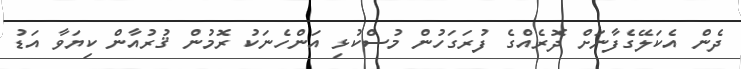
ދެން އެކަލޭގެފާނަށް ދޮރެއްގެ ފުރަގަހުން މުސްކުޅި އަންހެނަކު ރޮމުން ޤުރުއާން ކިޔަވާ އަޑު